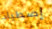
إصطياد